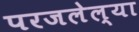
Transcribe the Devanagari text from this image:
परजलेल्या